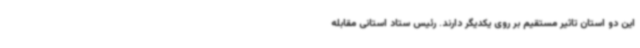
این دو استان تاثیر مستقیم بر روی یکدیگر دارند. رئیس ستاد استانی مقابله